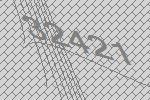
32421